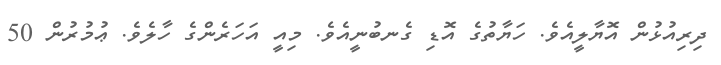
ދިރިއުޅުން އޮޔާލީއެވެ. ހަޔާތުގެ އޮޑި ގެނބުނީއެވެ. މިއީ އަހަރެންގެ ހާލެވެ. ޢުމުރުން 50